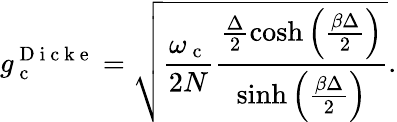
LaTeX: g_{\mathrm{~c~}}^{\mathrm{~D~i~c~k~e~}}=\sqrt{\frac{\omega_{\mathrm{~c~}}}{2N}\frac{\frac{\Delta}{2}\cosh\left(\frac{\beta\Delta}{2}\right)}{\sinh\left(\frac{\beta\Delta}{2}\right)}}.